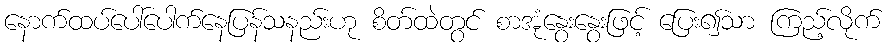
နောက်ထပ်ပေါ်ပေါက်နေပြန်သနည်းဟု စိတ်ထဲတွင် စာအုံနွေးနွေးဖြင့် ပြေး၍သာ ကြည့်လိုက်